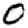
Digit: 0